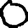
Digit: 0